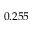
0 . 2 5 5